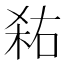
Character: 𭪎